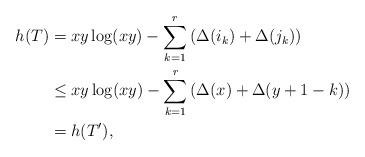
LaTeX: \begin{align*} h(T)&=xy \log(xy) - \sum_{k=1}^{r} \left( \Delta(i_k) + \Delta(j_k) \right)\\ &\le xy \log(xy) - \sum_{k=1}^{r} \left( \Delta(x)+\Delta(y+1-k) \right)\\ &= h(T'), \end{align*}